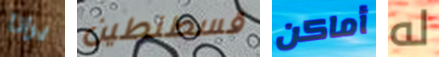
يرانا قسطنطين أماكن له